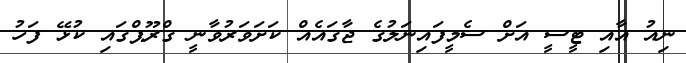
ނިއު އާއި ޓީސީ އަށް ސެމީފައިނަލުގެ ޖާގައެއް ކަށަވަރުވާނީ ގްރޫޕްގައި ކުޅޭ ފަހު